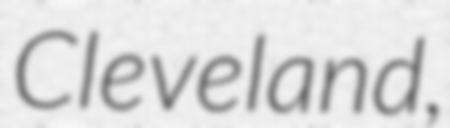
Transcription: Cleveland,